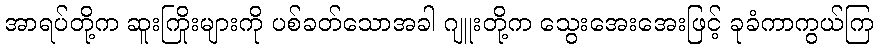
အာရပ်တို့က ဆူးကြိုးများကို ပစ်ခတ်သောအခါ ဂျူးတို့က သွေးအေးအေးဖြင့် ခုခံကာကွယ်ကြ